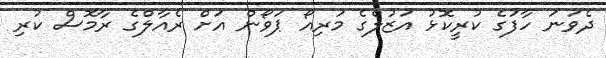
ދެވަނަ ހާފުގެ ކުރީކޮޅު އަޒުލްގެ މަރިއޯ ޕަވޯން އަށް ރެއާލްގެ ރާމޮސް ކުރި